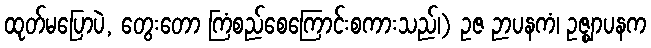
ထုတ်မပြောပဲ, တွေးတော ကြံစည်စေကြောင်းစကားသည်၊) ဥဇ ဉာပနကံ၊ ဥဇ္ဈာပနက